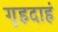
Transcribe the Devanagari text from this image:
गृहदाहं